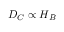
D _ { C } \propto H _ { B }